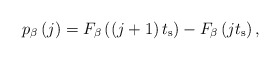
\begin{align*}{ p }_{ \beta }\left( j \right) ={ F }_{ \beta }\left( \left( j+1 \right) t_{ \mathrm{s} } \right) -{ F }_{ \beta }\left( j{ t }_{ \mathrm{s} } \right),\end{align*}